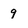
Character: 9